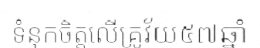
ទំនុកចិត្តលើគ្រូវ័យ៥៧ឆ្នាំ